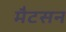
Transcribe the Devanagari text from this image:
मैटसन